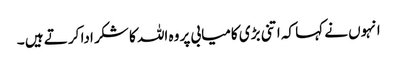
انہوں نے کہا کہ اتنی بڑی کامیابی پر وہ اللہ کا شکر ادا کر تے ہیں ۔